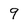
Character: 9